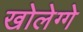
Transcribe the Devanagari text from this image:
खोलेग्गे